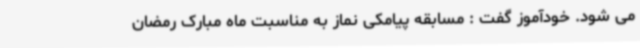
می شود. خودآموز گفت : مسابقه پیامکی نماز به مناسبت ماه مبارک رمضان